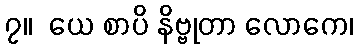
၇။  ယေ စာပိ နိဗ္ဗုတာ လောကေ၊